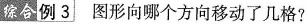
综合例3 图形向哪个方向移动了几格？